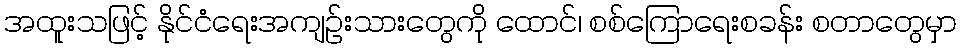
အထူးသဖြင့် နိုင်ငံရေးအကျဉ်းသားတွေကို ထောင်၊ စစ်ကြောရေးစခန်း စတာတွေမှာ